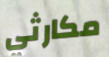
مكارثي